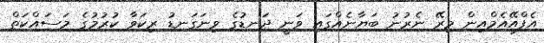
އެފްއޭއެމްއިން މިރޭ ނެރުނު ބަޔާނެއްގައި ވަނީ ދަނޑުގެ ވިނަގަނޑު ރިކަވާ ކުރުމުގެ މަސައްކަތް